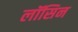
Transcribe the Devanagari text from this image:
लॉसिन